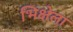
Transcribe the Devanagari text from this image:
भिक्षेला